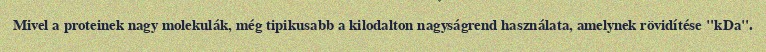
Mivel a proteinek nagy molekulák, még tipikusabb a kilodalton nagyságrend használata, amelynek rövidítése "kDa".